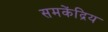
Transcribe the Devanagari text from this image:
समकेंद्रिय